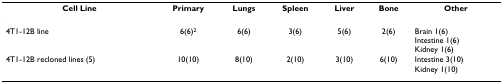
| Cell Line | Primary | Lungs | Spleen | Liver | Bone | Other |
 | --- | --- | --- | --- | --- | --- | --- |
 | 4T1-12B line | 6(6)2 | 6(6) | 3(6) | 5(6) | 2(6) | Brain 1(6)Intestine 1(6)Kidney 1(6) |
 | 4T1-12B recloned lines (5) | 10(10) | 8(10) | 2(10) | 3(10) | 6(10) | Intestine 3(10)Kidney 1(10) |